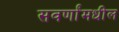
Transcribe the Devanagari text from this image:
सवर्णांमधील